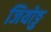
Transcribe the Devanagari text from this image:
जियोङु